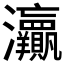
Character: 𱪠